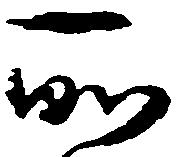
所